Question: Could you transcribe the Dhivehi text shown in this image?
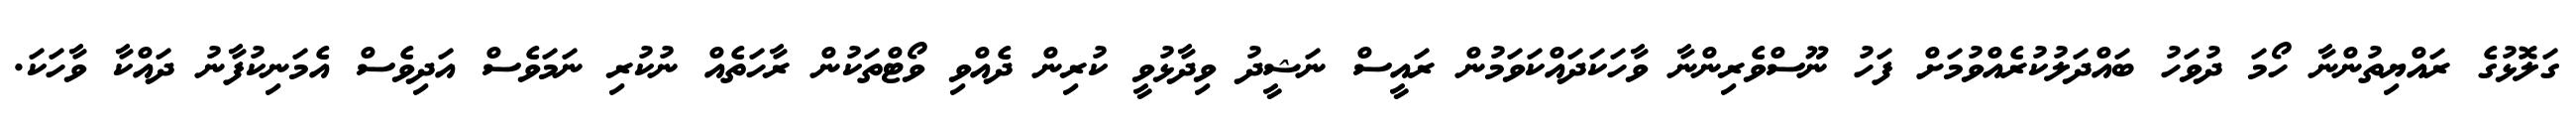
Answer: ގަލޮޅުގެ ރައްޔިތުންނާ ހޯމަ ދުވަހު ބައްދަލުކުރެއްވުމަށް ފަހު ނޫސްވެރިންނާ ވާހަކަދައްކަވަމުން ރައީސް ނަޝީދު ވިދާޅުވީ ކުރިން ދެއްވި ވޯޓްތަކުން ރާހަތެއް ނުކުރި ނަމަވެސް އަދިވެސް އެމަނިކުފާނު ދައްކާ ވާހަކަ.